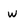
Character: w